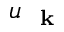
u _ { \mathrm { ~ \bf ~ k ~ } }